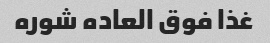
غذا فوق العاده شوره